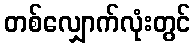
တစ်လျှောက်လုံးတွင်